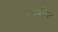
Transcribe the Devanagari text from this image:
ऐनथीस्ट